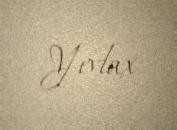
Yevlax